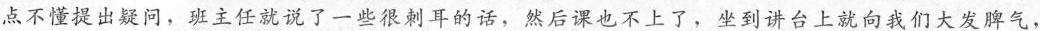
点不懂提出疑问，班主任就说了一些很刺耳的话，然后课也不上了，坐到讲台上就向我们大发脾气，